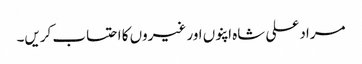
مراد علی شاہ اپنوں اور غیروں کا احتساب کریں۔